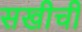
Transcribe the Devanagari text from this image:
सखीची